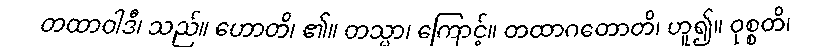
တထာဝါဒီ၊ သည်။ ဟောတိ၊ ၏။ တသ္မာ၊ ကြောင့်။ တထာဂတောတိ၊ ဟူ၍။ ဝုစ္စတိ၊